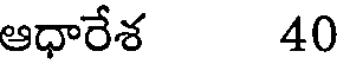
ఆధారేశ 40